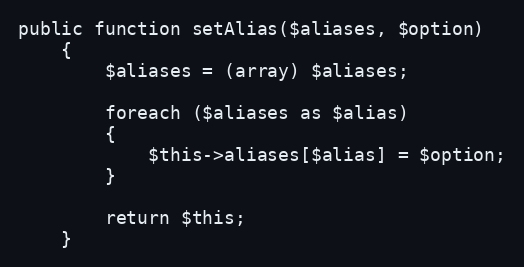
Language: PHP
public function setAlias($aliases, $option)
	{
		$aliases = (array) $aliases;

		foreach ($aliases as $alias)
		{
			$this->aliases[$alias] = $option;
		}

		return $this;
	}